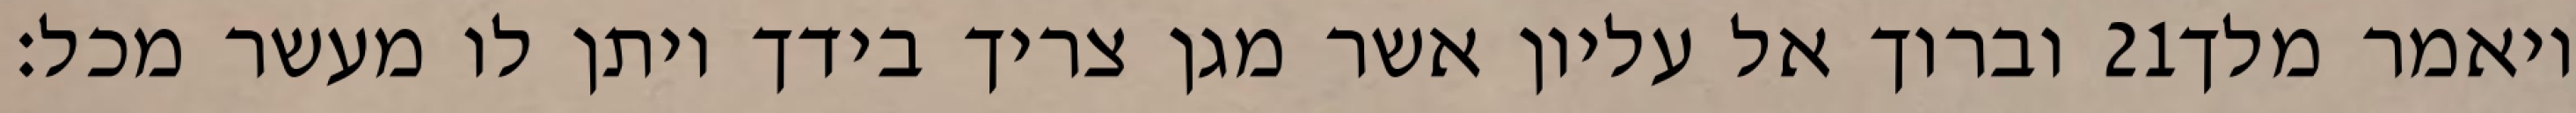
וברוך אל עליון אשר מגן צריך בידך ויתן לו מעשר מכל׃ ‎21‏ ויאמר מלך